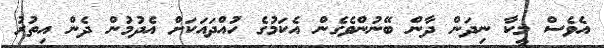
އެވެސް މީކާ ނިދަން ދާން ބޭނުންވެގެން އެކަމުގެ ހުއްދައަކަށް އެދުމުން ދެން އިތުރު